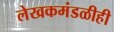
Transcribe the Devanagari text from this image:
लेखकमंडळीही